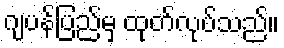
ဂျပန်ပြည်မှ ထုတ်လုပ်သည်။